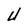
Character: U